Bréfritari: Ásgeir Tryggvi Friðgeirsson
Viðtakandi: Einar Friðgeirsson
Dagsetning: A-1895-02-10
Skrifað á: Hofi  N-Múl.
Ásgeir er bróðir Einars

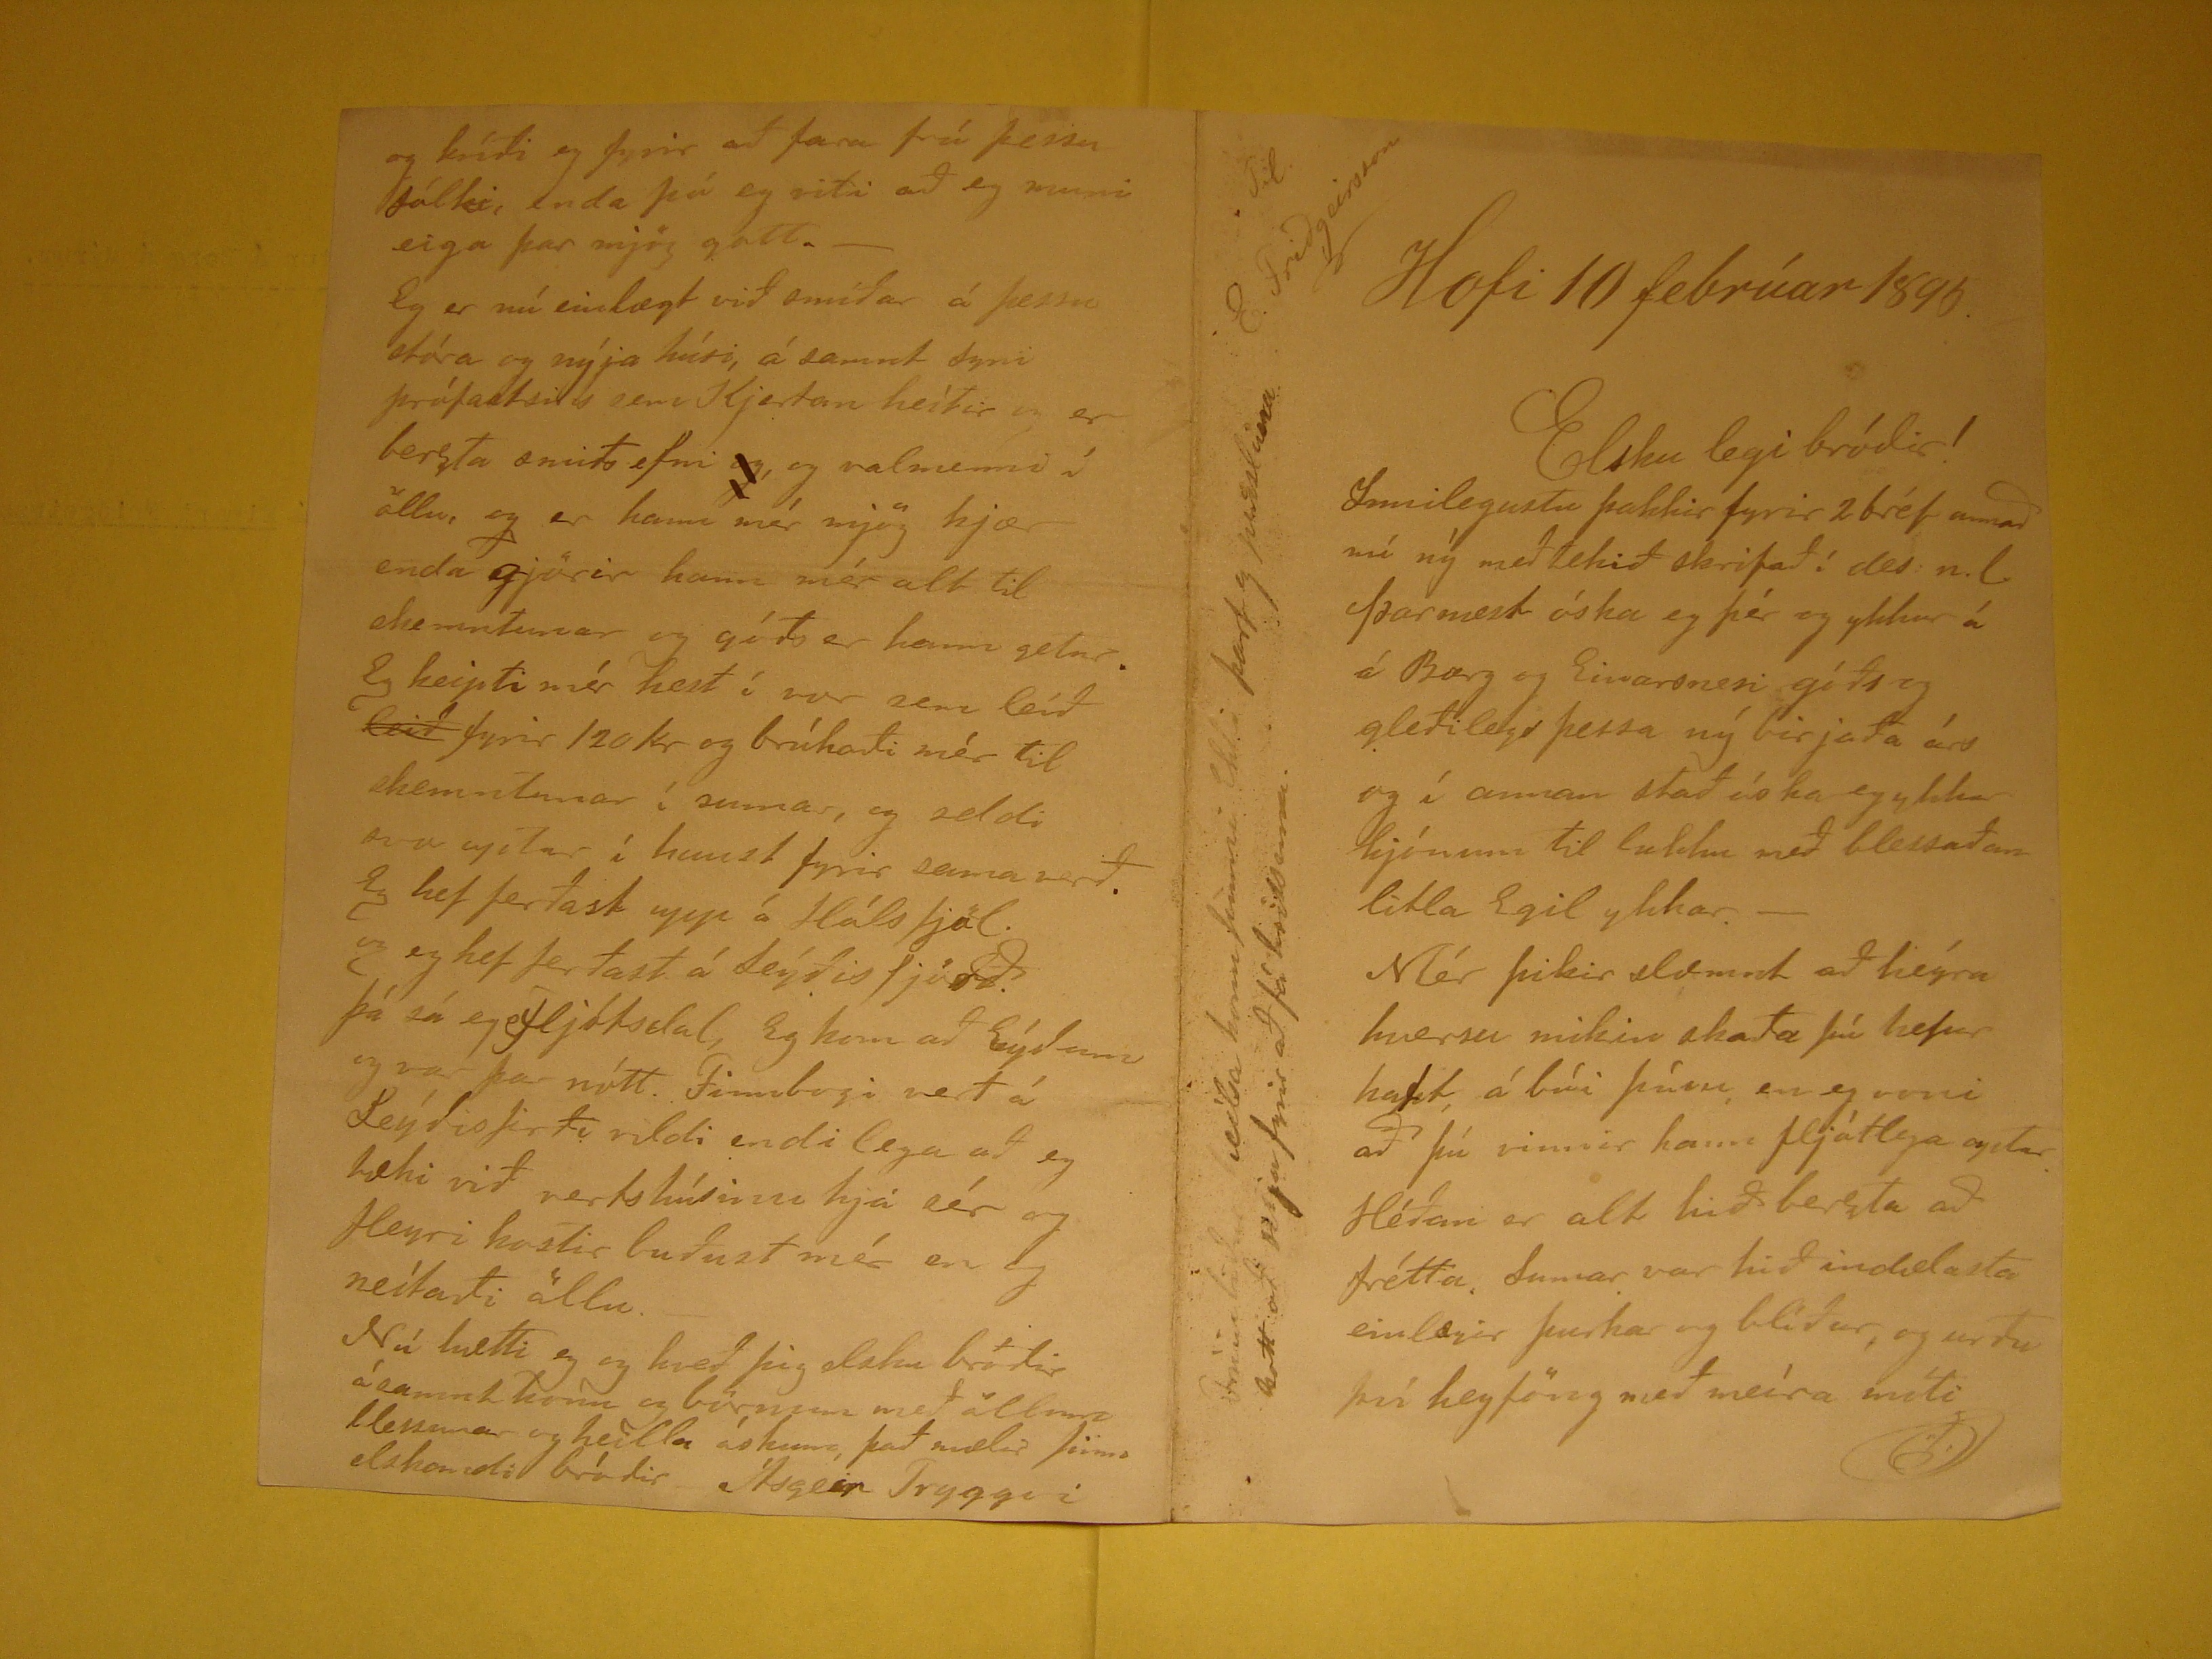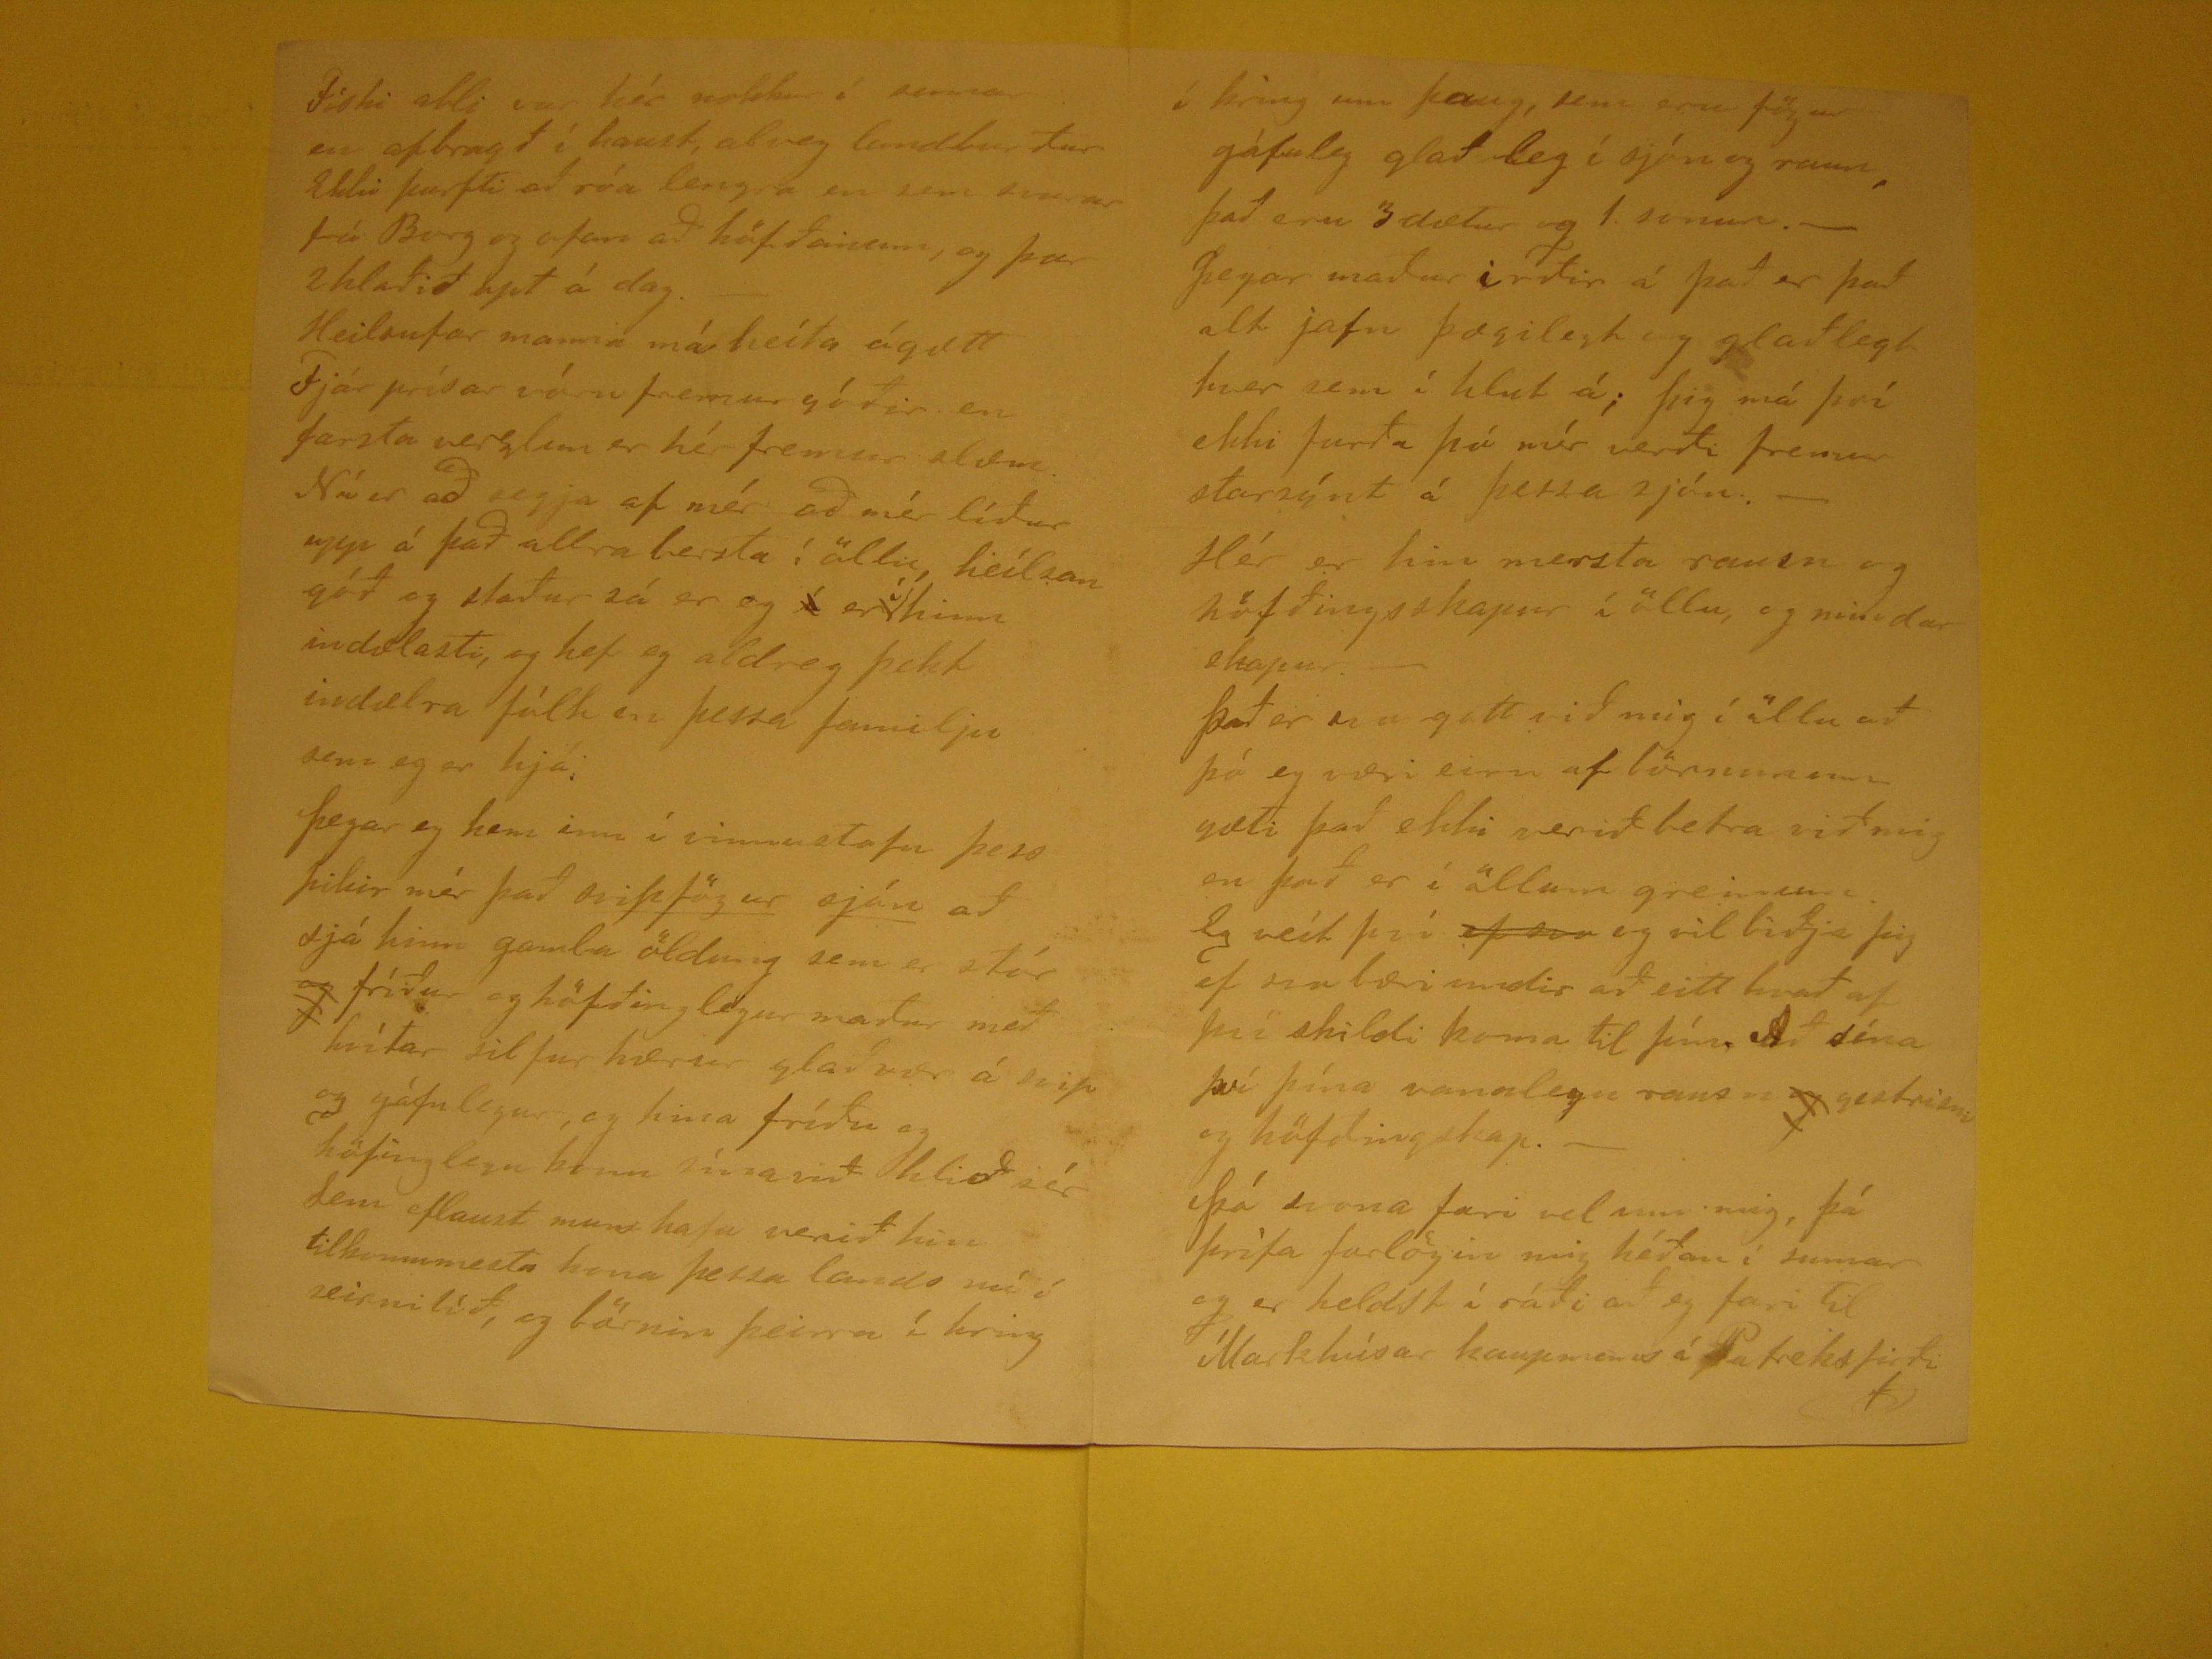

Til E. Friðgeirsson
Hofi 10 febrúar 1895
Elsku legi bróðir!
Innilegustu þakkir fyrir 2 bréf annað nú ný meðtekið skrifað í des: n.l. Þar næst óska eg þér og ykkur á Borg og Einarsnesi góðs og gleðilegs þessa ný birjaða
árs og í annan stað óska eg ykkur hjónum til lukku með blessaðan litla Egil ykkar.- Mér þikir slæmt að heýra hversu mikin skaða þú hefur haft á búi þínu en eg voni
að þú vinnir hann fljótlega aptur Héðan er alt hið berzta að frétta. Sumar var hið indælasta einlægir þurkar og blíður og urðu því heyföng með meíra móti
Frúin biður heilsa honn finni
Ehla
þarf og
peisluna satt að selja fyrir að fá hrissuna.
Fiski abli var hér nokkur í sumar en afbragð í haust, alveg landburður Ekki þurfti að róa lengra en sem
svarar
frá Borg go ofan að höfðanum,
og þar 2hlaðið opt á dag. - HEilsufar manna má heíta ágætt Fjár prísar vóru fremur góðir en farsta verzlun er hér fremur slæm. Nú er að segja af mér að mér líður upp
á það allra berzta í öllu heílsan góð og staður sá er eg
í
er
í
hinn
indælra fólk en þessa familju sem eg er hjá. Þegar eg kom inn í vinnustofu þess þikir mér það
svipfögur sjón
að sjá hinn gamla öldung
sem er stór
og
fríður og höfðinglegur maður með hvítar silfur hærur glaðvær á svip og gáfulegur, og hina fríðu og
höfðinglegu konu sína við hlið sér Sem eflaust mun hafa verið hin tilkomumesta kona þessa lands nú í seinnitíð, og börnin þeirra í kring
í kring um þaug, sem eru fögur gáfuleg glað leg í sjón og raun það eru 3 dætur og 1. sonur.- Þegar maður irðir á það er það alt jafn þægilegt og glaðlegt hver sem
í hlut á; þig má því ekki furða þó mér verði fremur starsýnt á þessa sjón.- Hér er hin merzta raun og höfðingsskapur í öllu, og mindar skapur.- Það er
enn
gott við mig í öllu að þó eg væri eirn af börnunum gæti það ekki verið betra við mig en það er í öllum greinum. Eg veit því
rend="overstrike">ef svo
eg vil biðja þig ef svo bæri undir að eitt hvað af því skildi koma til þín Að sína því þína valalegu rausn
rend="overstrike">og
gestrisni og höfðingskap.- Þó svona fari vel um mig, þá þrifa forlögin mig héðan í sumar og er heldst í ráði að eg fari til Markhúsar
kaupmans á Patreksfirði
og kvíði eg fyrir að fara frá þessu fólki, enda þó eg viti að eg muni eiga þar mjög gott.- Eg er nú einlægt við smíðar á þessu stóra og nýja húsi, á samnt Syni
prófastsins sem Kjartan heítir og er berzta smiðs efni
og
, og valmenni á öllu, og er hann mér mjög kjær enda gjörir
hann mér alt til skemntunar og góð er hann getur Eg keipti mér hest í vor sem leíð
leið
fyrir 120 kr og brúkaði mér til
skemntunar í sumar, og seldi svo aptur ´ihaust fyrir sumarið. Eg hef ferðast upp á Háls fjöl. og eg hef ferðast á Seýðisfjörð. þá sá eg Fljótsdal, Eg kom að Eýðum
og var þar nótt. Finnbogi vert á Seýðisfirði vildi endileg að eg tæki við vertshúsinu hjá sér og fleyri kostir buðust mér en eg neítaði öllu. Nú hætti eg og kveð þig
elsku bróðir ásamnt konu og b0rnum með öllum blessunar og heilla óskum, það mælir þinn elskandi bróðir Ásgeir Tryggvi